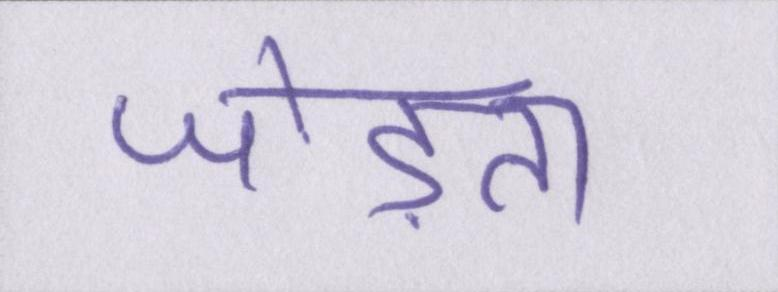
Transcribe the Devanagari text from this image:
जोड़ता